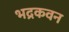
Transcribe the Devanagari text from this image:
भद्रकवन